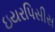
ઇયરપિસીસ